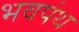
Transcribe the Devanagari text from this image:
भवपंथ